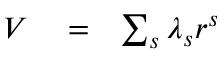
\begin{array} { r l r } { V } & { { } = } & { \sum _ { s } \lambda _ { s } r ^ { s } } \end{array}